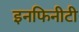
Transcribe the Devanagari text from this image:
इनफिनीटी